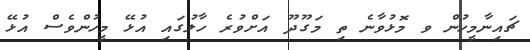
ޗައިނާމީހުން ވ މޮޅުވާނެ ތި މަގޫދޫ އަށްވުރެ ހާލުގައި އުޅޭ މީހުންވެސް އުޅޭ